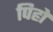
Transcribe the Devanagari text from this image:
पिहो